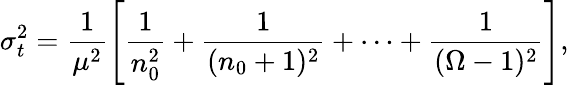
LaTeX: \sigma_{t}^{2}=\frac{1}{\mu^{2}}\left[\frac{1}{n_{0}^{2}}+\frac{1}{(n_{0}+1)^{2}}+\cdots+\frac{1}{(\Omega-1)^{2}}\right],